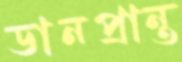
ডানপ্রান্ত